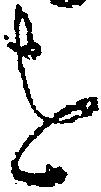
を